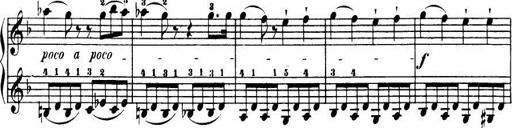
Title: Le bouquetier
Composer: Anton Diabelli
Key: G major
 C major
 F major
 C major